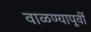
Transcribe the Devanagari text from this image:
वाळण्यापूर्वी